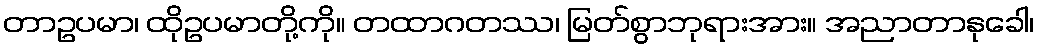
တာဥပမာ၊ ထိုဥပမာတို့ကို။ တထာဂတဿ၊ မြတ်စွာဘုရားအား။ အညာတာနုခေါ၊